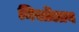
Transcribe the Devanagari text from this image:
मिर्सोलाव